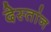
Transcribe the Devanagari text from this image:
देस्तांन